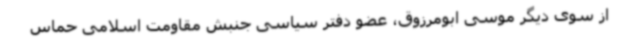
از سوی دیگر موسی ابومرزوق، عضو دفتر سیاسی جنبش مقاومت اسلامی حماس